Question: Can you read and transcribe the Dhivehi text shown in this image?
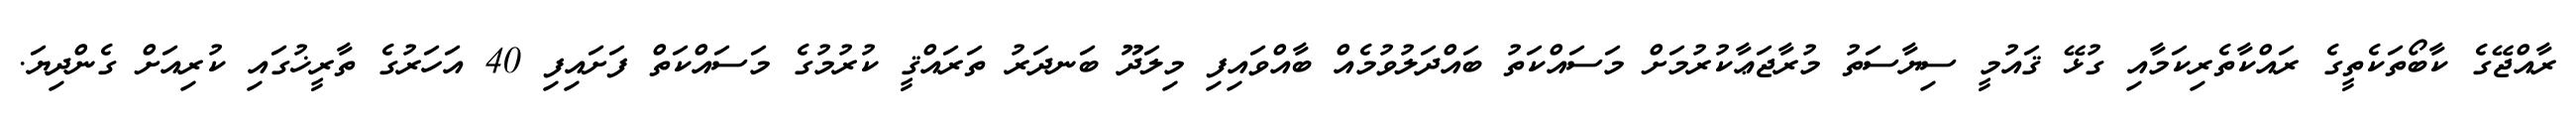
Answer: ރާއްޖޭގެ ކާބޯތަކެތީގެ ރައްކާތެރިކަމާއި ގުޅޭ ޤައުމީ ސިޔާސަތު މުރާޖަޢާކުރުމަށް މަސައްކަތު ބައްދަލުވުމެއް ބާއްވައިފި މިލަދޫ ބަނދަރު ތަރައްޤީ ކުރުމުގެ މަސައްކަތް ފަށައިފި 40 އަހަރުގެ ތާރީޚުގައި ކުރިއަށް ގެންދިޔަ.